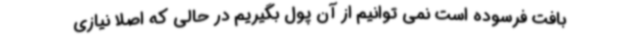
بافت فرسوده است نمی توانیم از آن پول بگیریم در حالی که اصلا نیازی